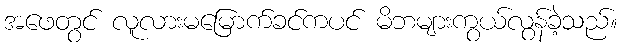
အဖေတွင် လူလားမမြောက်ခင်ကပင် မိဘများကွယ်လွန်ခဲ့သည်။